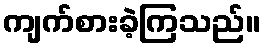
ကျက်စားခဲ့ကြသည်။